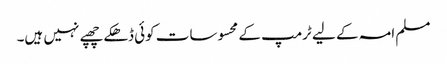
مسلم امہ کے لیے ٹرمپ کے محسوسات کوئی ڈھکے چھپے نہیں ہیں۔